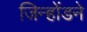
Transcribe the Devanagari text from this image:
जिन्होंडने